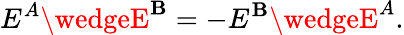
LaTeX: E^{A}\wedgeE^{\mathbf{B}}=-E^{\mathbf{B}}\wedgeE^{A}.